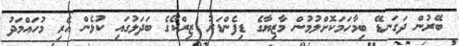
ބޭރުން ދަގަނޑޭ ބިމާހަމަކޮށްލުމުން މާޒިޔާގެ ޑިފެންޑަރު ޒިރްކޯގެ ބަދަލުގައި ކުޅެން އެރި މުހައްމަދު